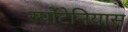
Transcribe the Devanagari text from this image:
स्पोंटेनियास